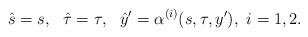
LaTeX: \begin{align*}\hat s=s,\ \ \hat\tau=\tau,\ \ \hat y'=\alpha^{(i)}(s,\tau,y'),\ i=1,2.\end{align*}